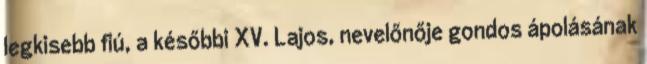
legkisebb fiú, a későbbi XV. Lajos, nevelőnője gondos ápolásának